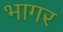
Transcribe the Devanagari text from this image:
भागर